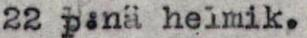
22p:nä helmik.